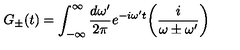
G _ { \pm } ( t ) = \int _ { - \infty } ^ { \infty } { \frac { d \omega ^ { \prime } } { 2 \pi } } e ^ { - i \omega ^ { \prime } t } \biggl ( { \frac { i } { \omega \pm \omega ^ { \prime } } } \biggr )